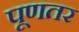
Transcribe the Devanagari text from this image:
पूणतर